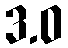
3.0